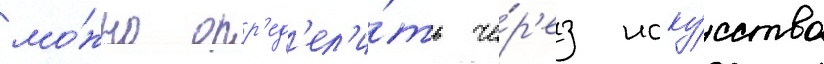
мо́жно опр'ед'ел'и́ть че́р'ез иску́сство